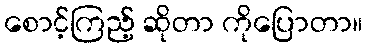
စောင့်ကြည့် ဆိုတာ ကိုပြောတာ။